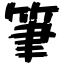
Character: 筆